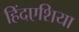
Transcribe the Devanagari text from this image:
हिंदएशिया